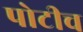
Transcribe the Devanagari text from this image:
पोटीच